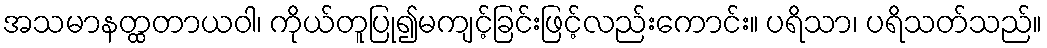
အသမာနတ္ထတာယဝါ၊ ကိုယ်တူပြု၍မကျင့်ခြင်းဖြင့်လည်းကောင်း။ ပရိသာ၊ ပရိသတ်သည်။